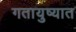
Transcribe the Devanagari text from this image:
गतायुष्यात